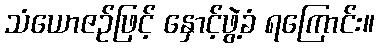
သံယောဇဉ်ဖြင့် နှောင့်ဖွဲ့ခံ ရကြောင်း။